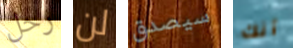
رحل لن سيصدق أنك